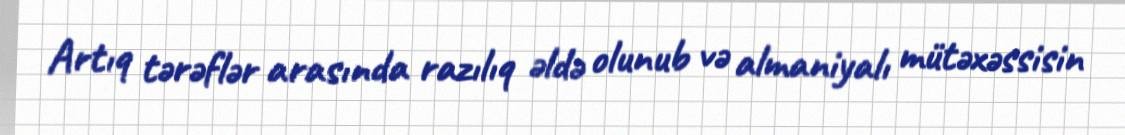
Artıq tərəflər arasında razılıq əldə olunub və almaniyalı mütəxəssisin